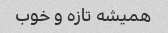
همیشه تازه و خوب